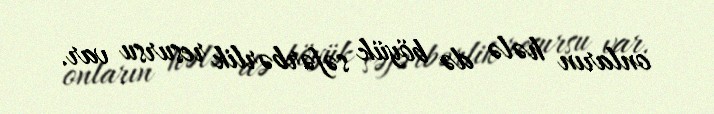
onların hələ də böyük səfərbərlik resursu var.